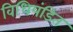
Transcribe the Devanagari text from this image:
विधिपंडित